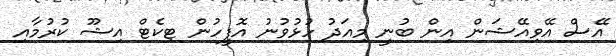
އޭސް އޭވިއޭޝަން އިން ބުނީ މިއަދު ހުޅުވުނު އޮފީހުން ޓިކެޓް އިޝޫ ކުރުމާއި